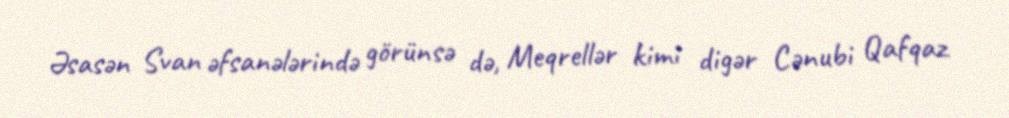
Əsasən Svan əfsanələrində görünsə də, Meqrellər kimi digər Cənubi Qafqaz